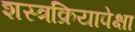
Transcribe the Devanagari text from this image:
शस्त्रक्रियापेक्षा